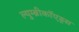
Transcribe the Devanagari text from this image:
ल्युम्ब्रीकॉएड्स